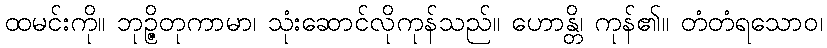
ထမင်းကို။ ဘုဉ္ဇိတုကာမာ၊ သုံးဆောင်လိုကုန်သည်။ ဟောန္တိ၊ ကုန်၏။ တံတံရသောဝ၊